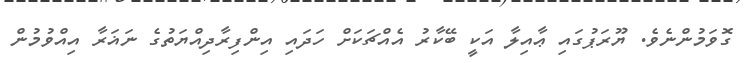
ގޮވަމުންނެވެ. ޔޫރަޕުގައި ޢާއިލާ އަކީ ބޭކާރު އެއްޗަކަށް ހަދައި އިންފިރާދިއްޔަތުގެ ނަޣަރާ އިއްވުމުން